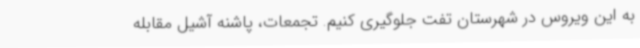
به این ویروس در شهرستان تفت جلوگیری کنیم. تجمعات، پاشنه آشیل مقابله